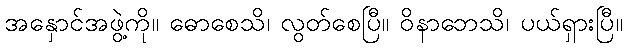
အနှောင်အဖွဲ့ကို။ ဓောစေသိ၊ လွတ်စေပြီ။ ဝိနာဘေသိ၊ ပယ်ရှားပြီ။